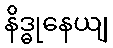
နိဒ္ဓုနေယျ